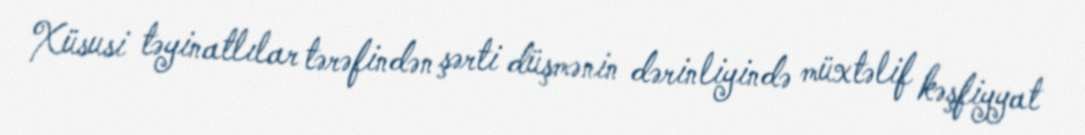
Xüsusi təyinatlılar tərəfindən şərti düşmənin dərinliyində müxtəlif kəşfiyyat